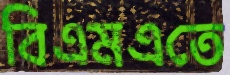
বিএমএতে